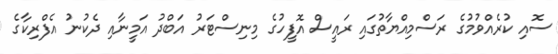
ސޮއި ކުރެއްވުމުގެ ރަސްމިއްޔާތުގައި ރައީސް އޮފީހުގެ މިނިސްޓަރު އަބްދު އަމީނާއި ދެކުނު އެފްރިކާގެ